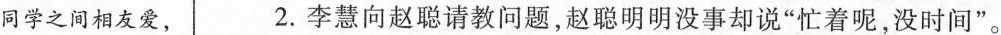
同学之间相友爱， 2.李慧向赵聪请教问题，赵聪明明没事却说”忙着呢，没时间”。